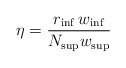
\begin{align*} \eta = \frac{ r_{\inf}\, w_{\inf}} {N_{\sup} w_{\sup}}\end{align*}